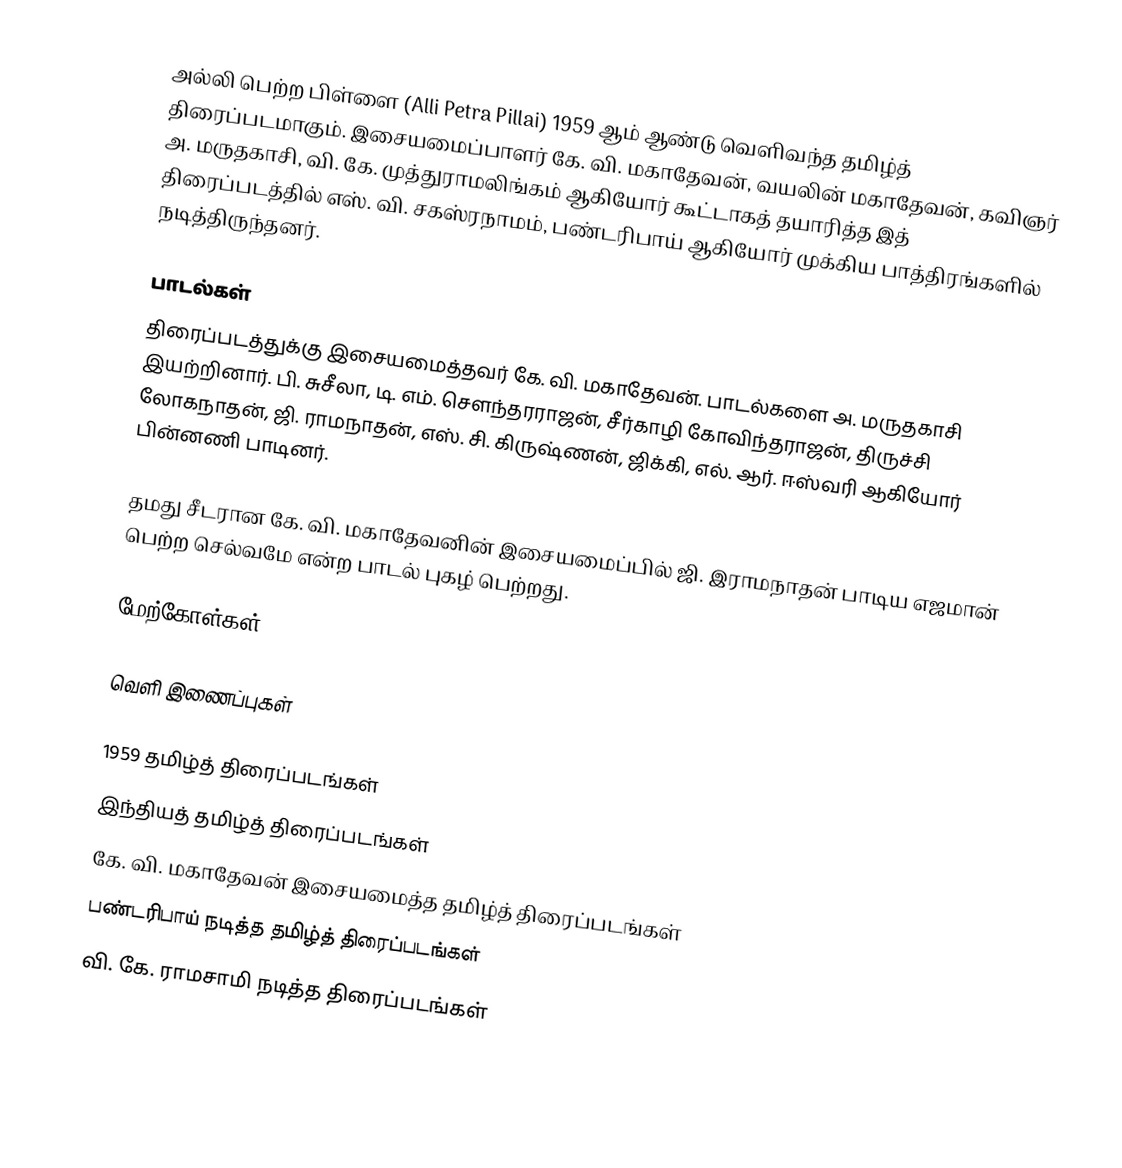
அல்லி பெற்ற பிள்ளை (Alli Petra Pillai) 1959 ஆம் ஆண்டு வெளிவந்த தமிழ்த் திரைப்படமாகும். இசையமைப்பாளர் கே. வி. மகாதேவன், வயலின் மகாதேவன், கவிஞர் அ. மருதகாசி, வி. கே. முத்துராமலிங்கம் ஆகியோர் கூட்டாகத் தயாரித்த இத் திரைப்படத்தில் எஸ். வி. சகஸ்ரநாமம், பண்டரிபாய் ஆகியோர் முக்கிய பாத்திரங்களில் நடித்திருந்தனர்.

பாடல்கள்
திரைப்படத்துக்கு இசையமைத்தவர் கே. வி. மகாதேவன். பாடல்களை அ. மருதகாசி இயற்றினார். பி. சுசீலா, டி. எம். சௌந்தரராஜன், சீர்காழி கோவிந்தராஜன், திருச்சி லோகநாதன், ஜி. ராமநாதன், எஸ். சி. கிருஷ்ணன், ஜிக்கி, எல். ஆர். ஈஸ்வரி ஆகியோர் பின்னணி பாடினர்.

தமது சீடரான கே. வி. மகாதேவனின் இசையமைப்பில் ஜி. இராமநாதன் பாடிய எஜமான் பெற்ற செல்வமே என்ற பாடல் புகழ் பெற்றது.

மேற்கோள்கள்

வெளி இணைப்புகள்

1959 தமிழ்த் திரைப்படங்கள்
இந்தியத் தமிழ்த் திரைப்படங்கள்
கே. வி. மகாதேவன் இசையமைத்த தமிழ்த் திரைப்படங்கள்
பண்டரிபாய் நடித்த தமிழ்த் திரைப்படங்கள்
வி. கே. ராமசாமி நடித்த திரைப்படங்கள்